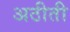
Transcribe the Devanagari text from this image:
अठीती